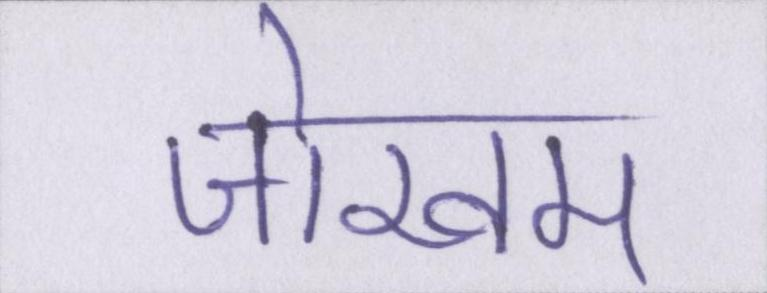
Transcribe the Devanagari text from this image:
जोखम